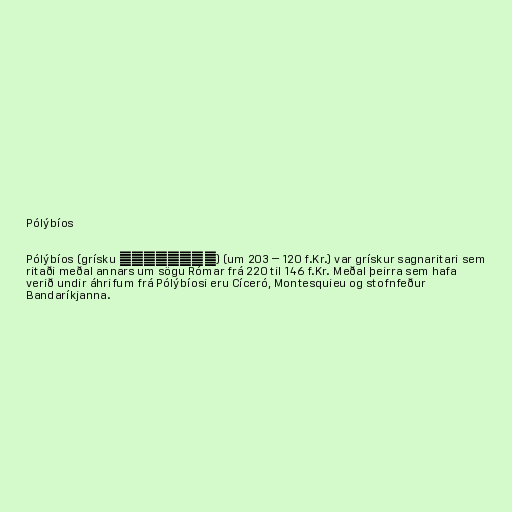
Pólýbíos

Pólýbíos (grísku Πολυβιος) (um 203 – 120 f.Kr.) var grískur sagnaritari sem
ritaði meðal annars um sögu Rómar frá 220 til 146 f.Kr. Meðal þeirra sem hafa
verið undir áhrifum frá Pólýbíosi eru Cíceró, Montesquieu og stofnfeður
Bandaríkjanna.